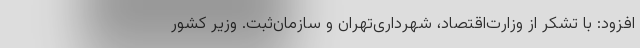
افزود: با تشکر از وزارت‌اقتصاد، شهرداری‌تهران و سازمان‌ثبت. وزیر کشور